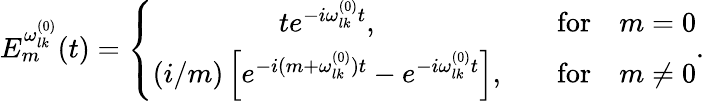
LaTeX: E_{m}^{\omega_{lk}^{(0)}}(t)=\left\{ \begin{array}{cc}{{te^{-i\omega_{lk}^{(0)}t},}}&{{\quad\mathrm{for}\quad m=0}}\\ {{(i/m)\left[e^{-i(m+\omega_{lk}^{(0)})t}-e^{-i\omega_{lk}^{(0)}t}\right],}}&{{\quad\mathrm{for}\quad m\neq 0}}\end{array}\right..